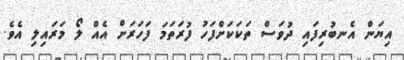
އިޔަން އެނބުރިފައި ދުވަސް ތަކަކަށްފަހު ފުރަތަމަ ފަހަރަށް އެއް ލޯ މަރައިލި އެވެ.